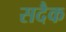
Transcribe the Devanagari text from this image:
सदैक